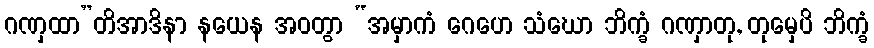
ဂဏှထာ”တိအာဒိနာ နယေန အဝတွာ “အမှာကံ ဂေဟေ သံဃော ဘိက္ခံ ဂဏှာတု, တုမှေပိ ဘိက္ခံ